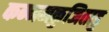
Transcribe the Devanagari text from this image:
कन्नमकुजिताडु